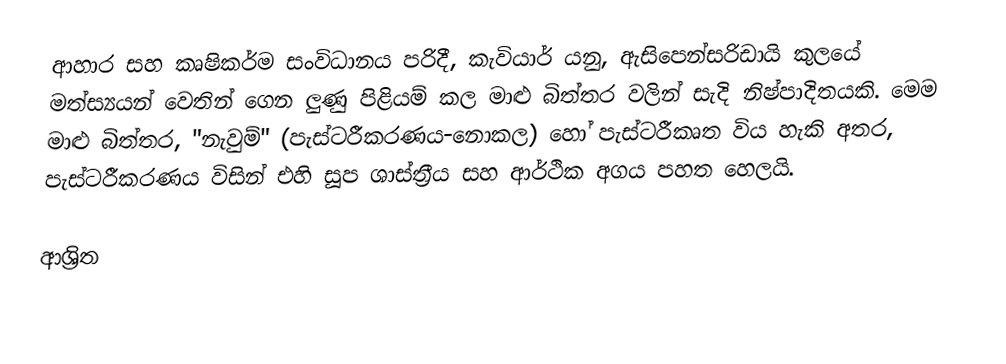
ආහාර සහ කෘෂිකර්ම සංවිධානය පරිදී, කැවියාර් යනු, ඇසිපෙන්සරිඩායි කුලයේ මත්ස්‍යයන් වෙතින් ගෙන ලුණු පිළියම් කල මාළු බිත්තර වලින් සැදි නිෂ්පාදිතයකි. මෙම මාළු බිත්තර,   "නැවුම්" (පැස්ටරීකරණය-නොකල) හෝ පැස්ටරීකෘත විය හැකි අතර, පැස්ටරීකරණය විසින් එහි සූප ශාස්ත්‍රීය සහ ආර්ථික අගය පහත හෙලයි.

ආශ්‍රිත